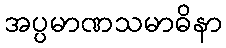
အပ္ပမာဏသမာဓိနာ